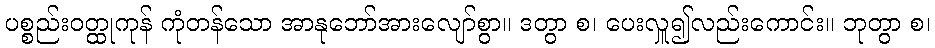
ပစ္စည်းဝတ္ထုကုန် ကုံတန်သော အာနုဘော်အားလျော်စွာ။ ဒတွာ စ၊ ပေးလှူ၍လည်းကောင်း။ ဘုတွာ စ၊